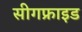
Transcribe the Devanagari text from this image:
सीगफ्राइड